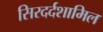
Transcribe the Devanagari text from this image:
सिरदर्दशामिल